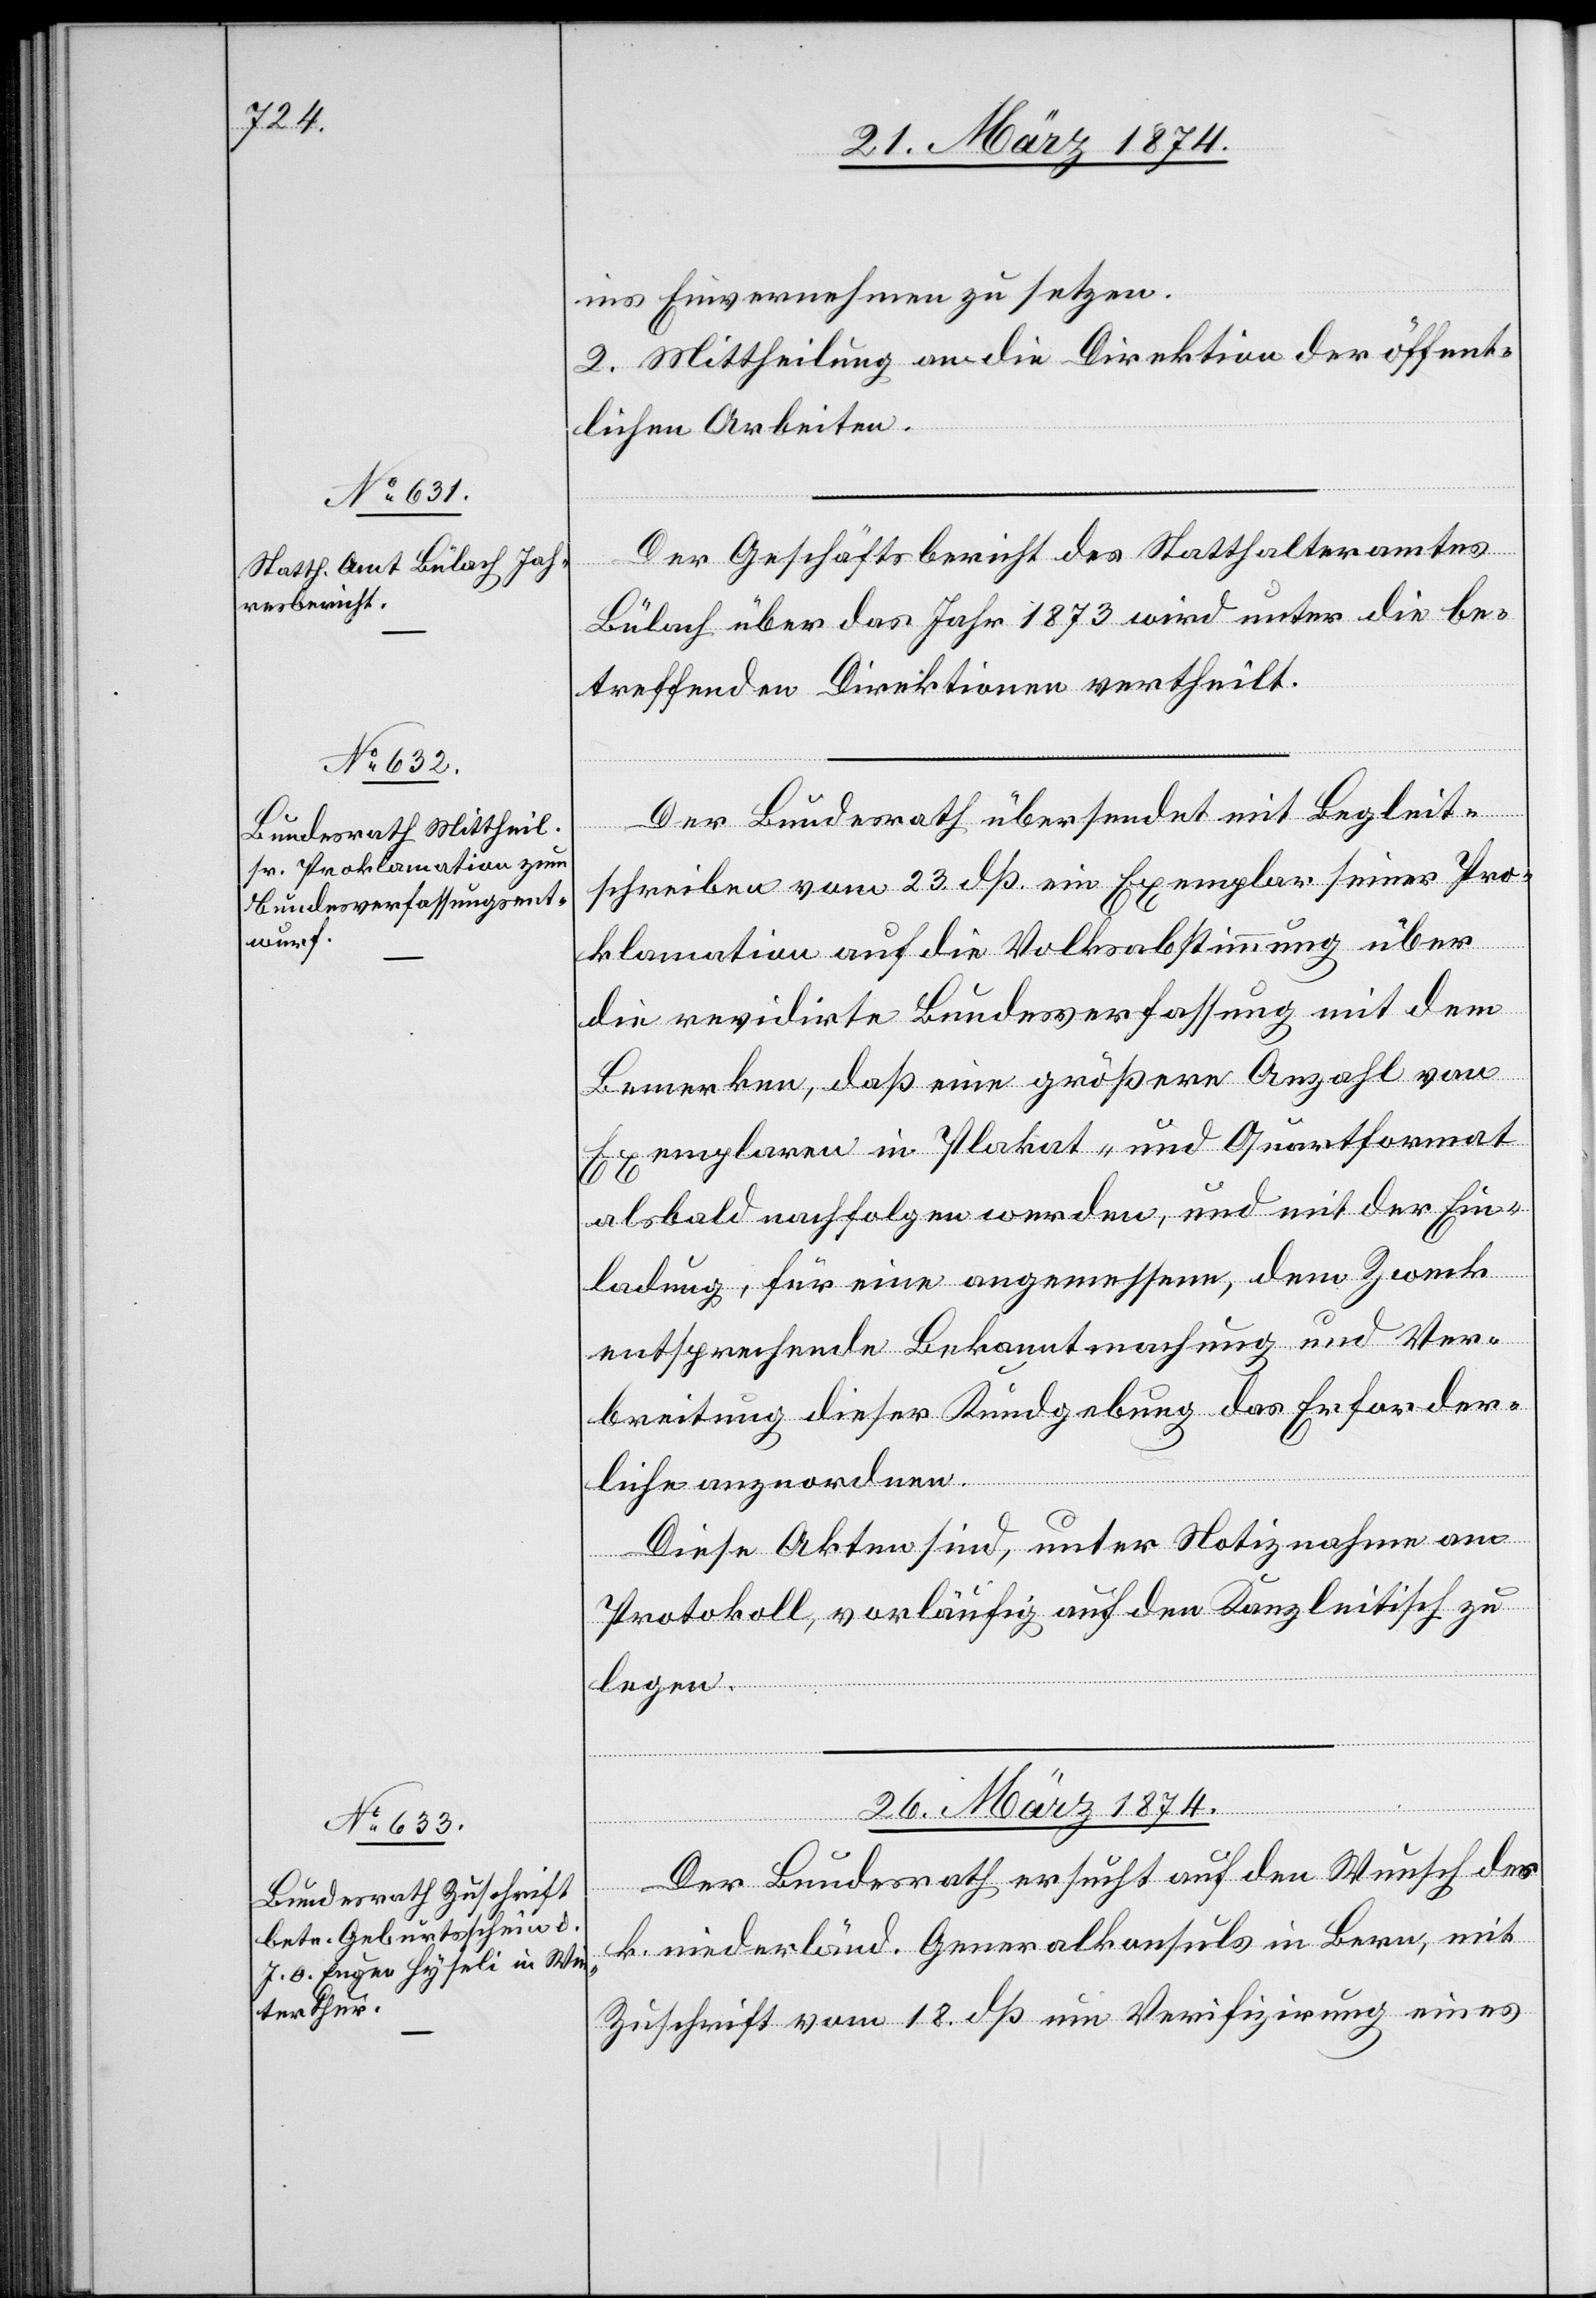
ins Einvernehmen zu setzen.
2. Mittheilung an die Direktion der öffent¬
lichen Arbeiten.
Der Geschäftsbericht des Statthalteramtes
Bülach über das Jahr 1873 wird unter die be¬
treffenden Direktionen vertheilt.
Der Bundesrath übersendet mit Begleit¬
schreiben vom 23. dß ein Exemplar seiner Pro¬
klamation auf die Volksabstimmung über
die revidirte Bundesverfassung mit dem
Bemerken, daß eine größere Anzahl von
Exemplaren in Plakat- und Quartformat
alsbald nachfolgen werden, und mit der Ein¬
ladung, für eine angemessene, dem Zweck
entsprechende Bekanntmachung und Ver¬
breitung dieser Kundgebung das Erforder¬
liche anzuordnen.
Diese Akten sind, unter Notiznahme am
Protokoll, vorläufig auf den Kanzleitisch zu
legen.
26. März 1874.
Der Bundesrath ersucht auf den Wunsch des
k. niederländ. Generalkonsuls in Bern, mit
Zuschrift vom 18. dß um Verifizirung eines